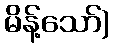
မိန့်သော်)